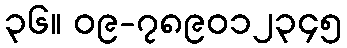
၃၆။ ၀၉-၇၈၉၀၁၂၃၄၅